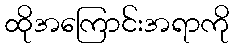
ထိုအကြောင်းအရာကို